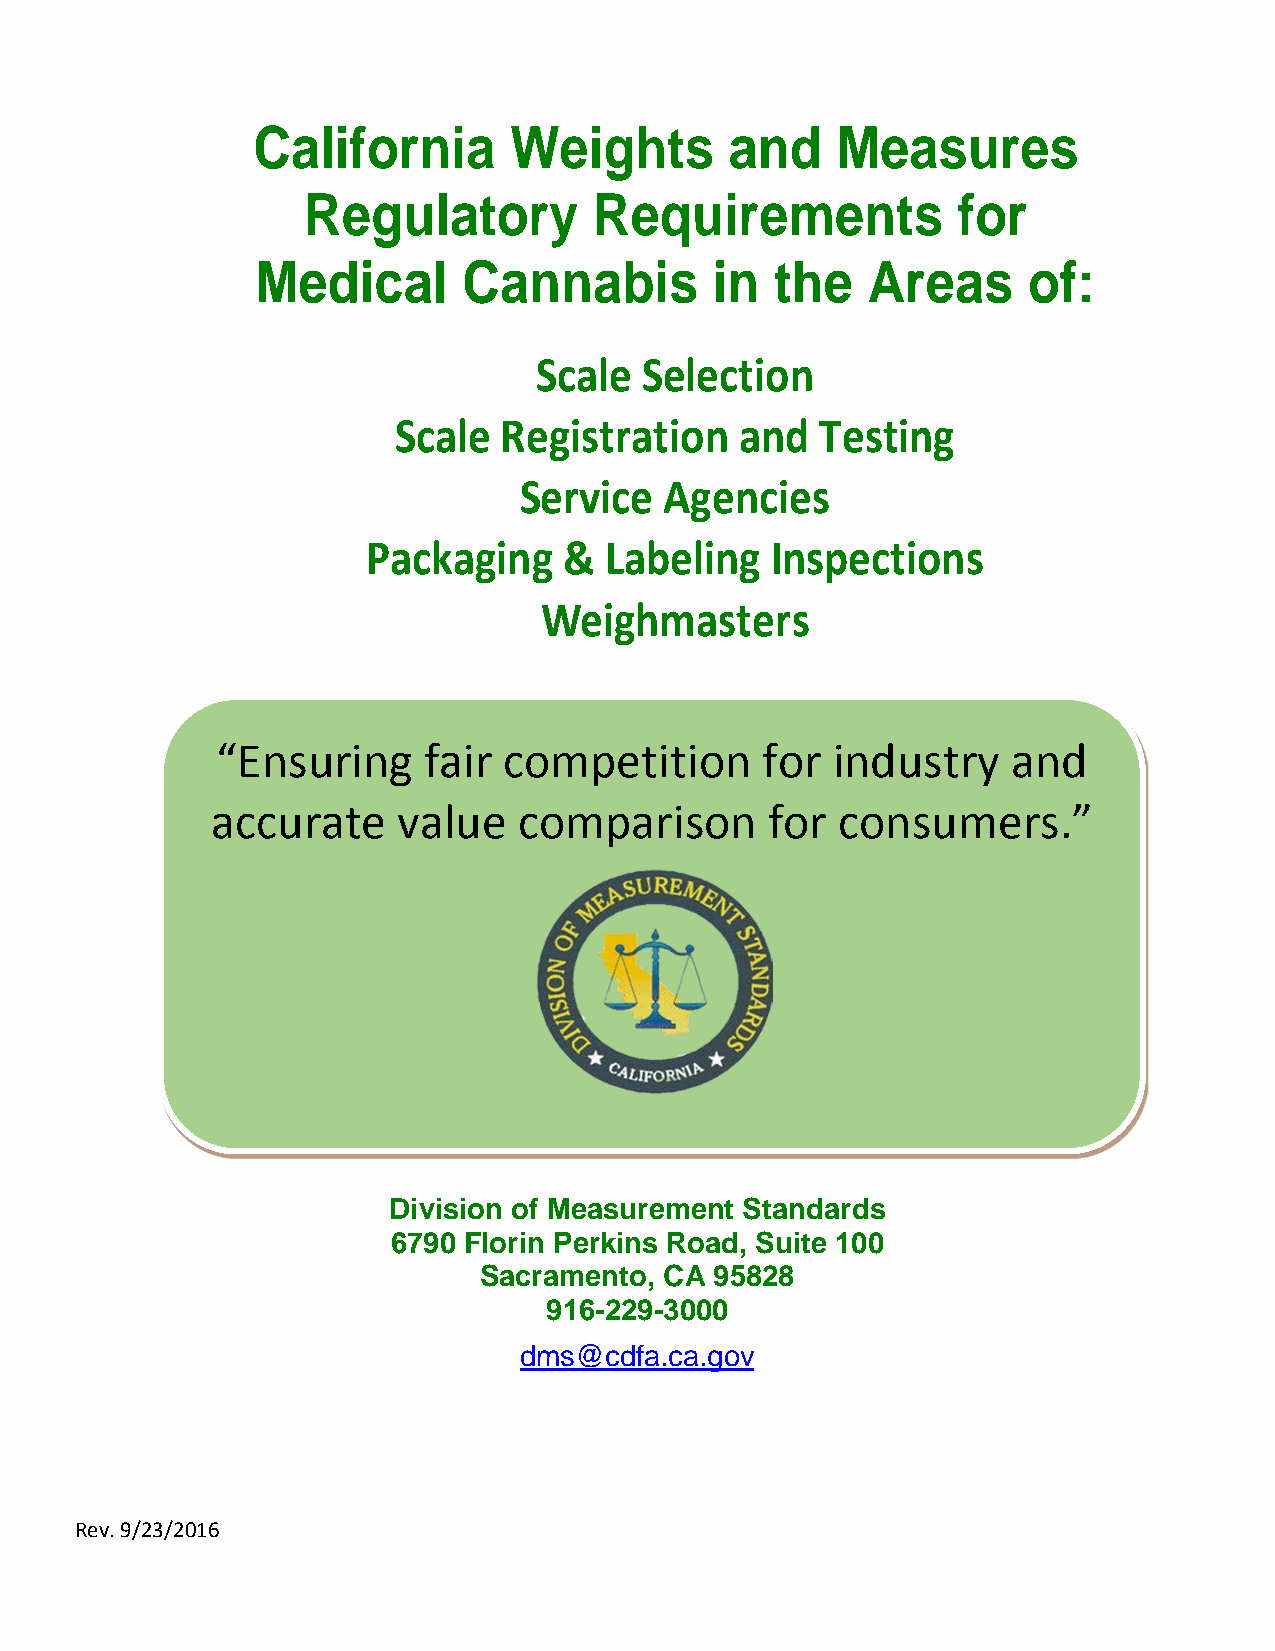
California       Weights       and    Measures
 Regulatory         Requirements            for
 Medical       Cannabis        in  the   Areas      of:
 Scale   Selection
 Scale  Registration    and  Testing
 Service   Agencies
 Packaging    &  Labeling   Inspections
 Weighmasters
 “Ensuring     fair competition      for  industry    and
 accurate    value   comparison       for consumers.”
 Division of Measurement Standards
 6790 Florin Perkins Road, Suite 100
 Sacramento, CA 95828
 916-229-3000
 dms@cdfa.ca.gov
 Rev. 9/23/2016